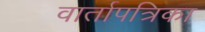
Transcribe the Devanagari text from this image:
वार्तापत्रिका